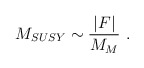
\begin{align*} M_{SUSY}\sim {\vert F \vert \over {M_M}}~.\end{align*}